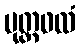
ပုတ္တဖလံ